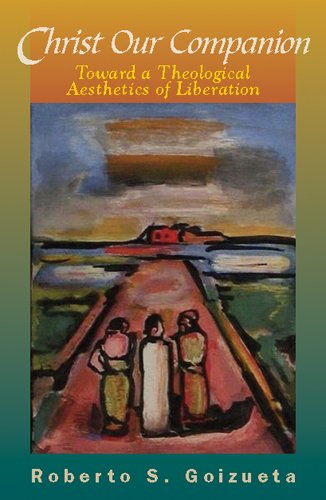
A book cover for Christ Our Companion: Toward a Theological Aesthetics of Liberation; Roberto S. Goizueta; Christian Books & Bibles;